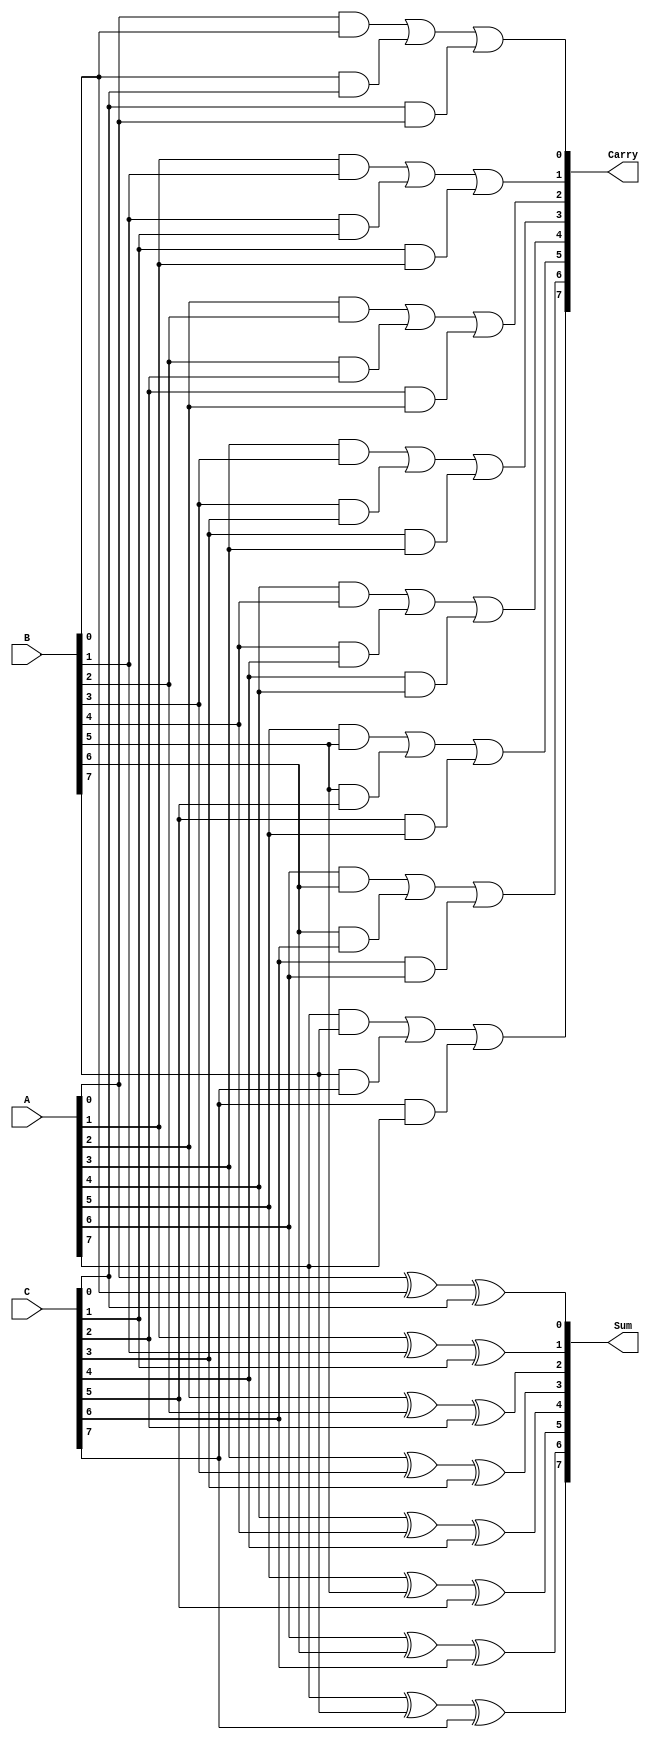
module CarrySaveAdder #(parameter n = 8) (
    input  wire [n-1:0] A,    // First n-bit input
    input  wire [n-1:0] B,    // Second n-bit input
    input  wire [n-1:0] C,    // Third n-bit input
    output wire [n-1:0] Sum,   // n-bit sum output
    output wire [n-1:0] Carry   // n-bit carry output
);

genvar i; // Declare a variable for the generate block

// Generate the Sum outputs using XOR gates
generate
    for (i = 0; i < n; i = i + 1) begin : sum_generation
        assign Sum[i] = A[i] ^ B[i] ^ C[i]; // Sum = A XOR B XOR C
    end
endgenerate

// Generate the Carry outputs using AND and OR gates
generate
    for (i = 0; i < n; i = i + 1) begin : carry_generation
        assign Carry[i] = (A[i] & B[i]) | (B[i] & C[i]) | (C[i] & A[i]); // Carry = A&B | B&C | C&A
    end
endgenerate

endmodule